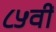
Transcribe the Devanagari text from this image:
८५वीं